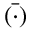
\bar { ( \cdot ) }